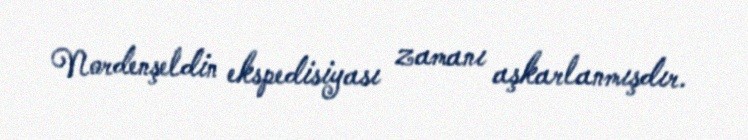
Nordenşeldin ekspedisiyası zamanı aşkarlanmışdır.